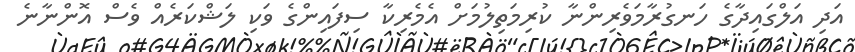
އަދި އަލްގައިދާގެ ހަނގުރާމަވެރިންނާ ކުރިމަތިލުމަށް އެމެރިކާ ސިފައިންގެ ވަކި ލަޝްކަރެއް ވެސް އޮންނާނެ